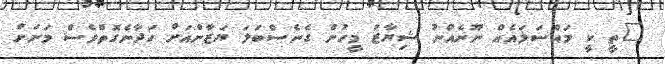
"ތީ ކީ މައްސަލައެއް ނޫނެއްނު ޝިޔާޒު މީހުން ގެނެސްބަލަ ޔަޒާންއަށް ހަދާނެގޮތްވެސް މަށަށް